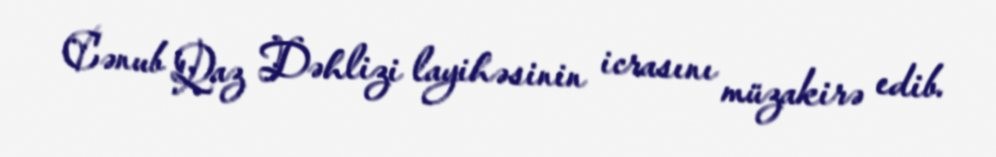
Cənub Qaz Dəhlizi layihəsinin icrasını müzakirə edib.